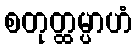
စတုတ္ထမ္ပာဟံ